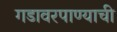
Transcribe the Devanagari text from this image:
गडावरपाण्याची